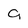
Character: 9